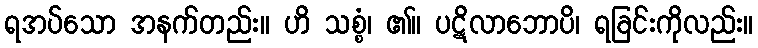
ရအပ်သော အနက်တည်း။ ဟိ သစ္စံ၊ ၏။ ပဋိလာဘောပိ၊ ရခြင်းကိုလည်း။